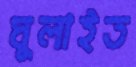
ঘুলাইত